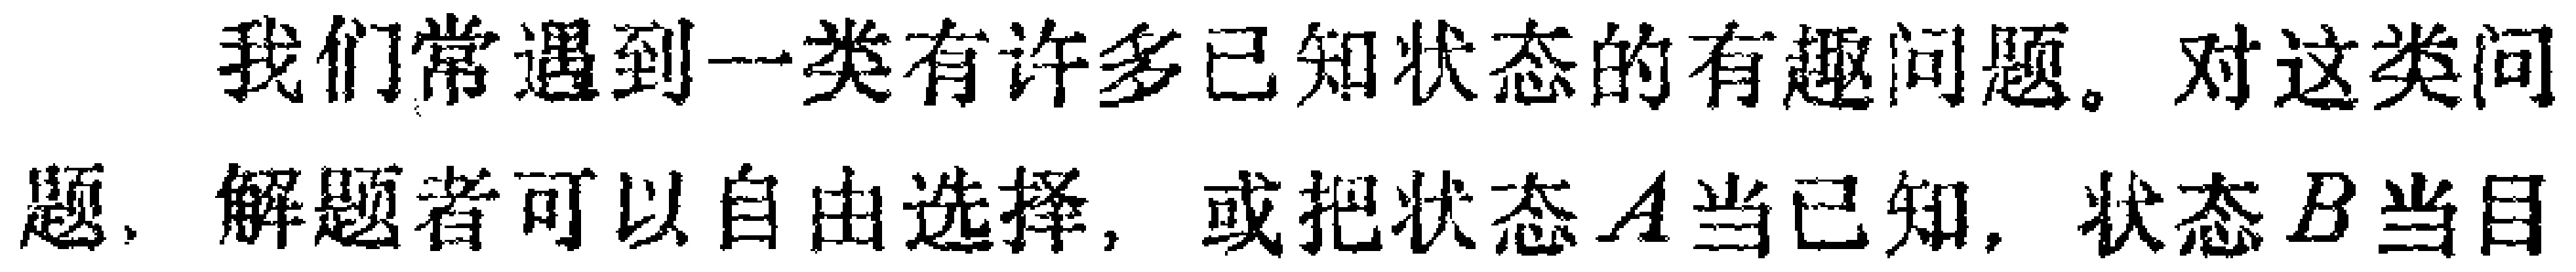
我们常遇到一类有许多已知状态的有趣问题。对这类问题，解题者可以自由选择，或把状态\(A\)当已知，状态\(B\)当目